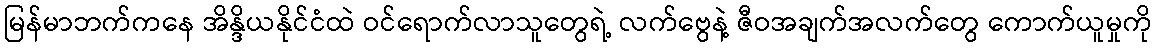
မြန်မာဘက်ကနေ အိန္ဒိယနိုင်ငံထဲ ဝင်ရောက်လာသူတွေရဲ့ လက်ဗွေနဲ့ ဇီဝအချက်အလက်တွေ ကောက်ယူမှုကို